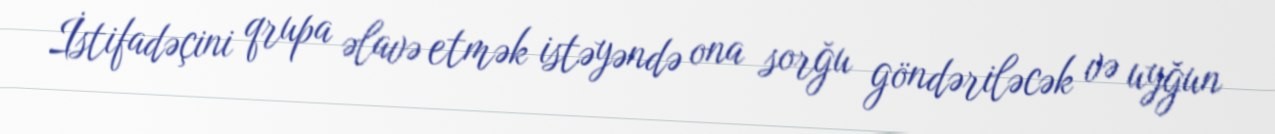
İstifadəçini qrupa əlavə etmək istəyəndə ona sorğu göndəriləcək və uyğun